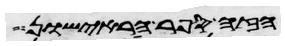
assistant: הפר הראישון